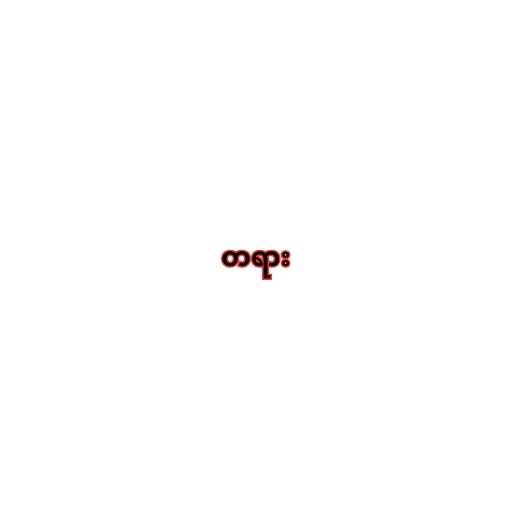
တရား